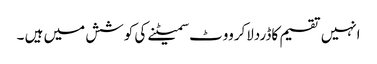
انہیں تقسیم کاڈردلاکرووٹ سمیٹنے کی کوشش میں ہیں ۔